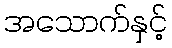
အသောက်နှင့်